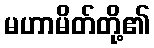
မဟာမိတ်တို့၏